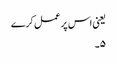
یعنی اس پر عمل کرے
۵۔